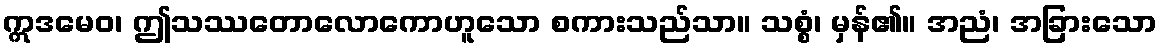
ဣဒမေဝ၊ ဤသဿတောလောကောဟူသော စကားသည်သာ။ သစ္စံ၊ မှန်၏။ အညံ၊ အခြားသော